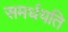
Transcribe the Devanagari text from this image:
समर्धयति